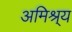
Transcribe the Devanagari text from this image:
अमिश्र्य